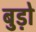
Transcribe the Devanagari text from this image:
बुड़ो